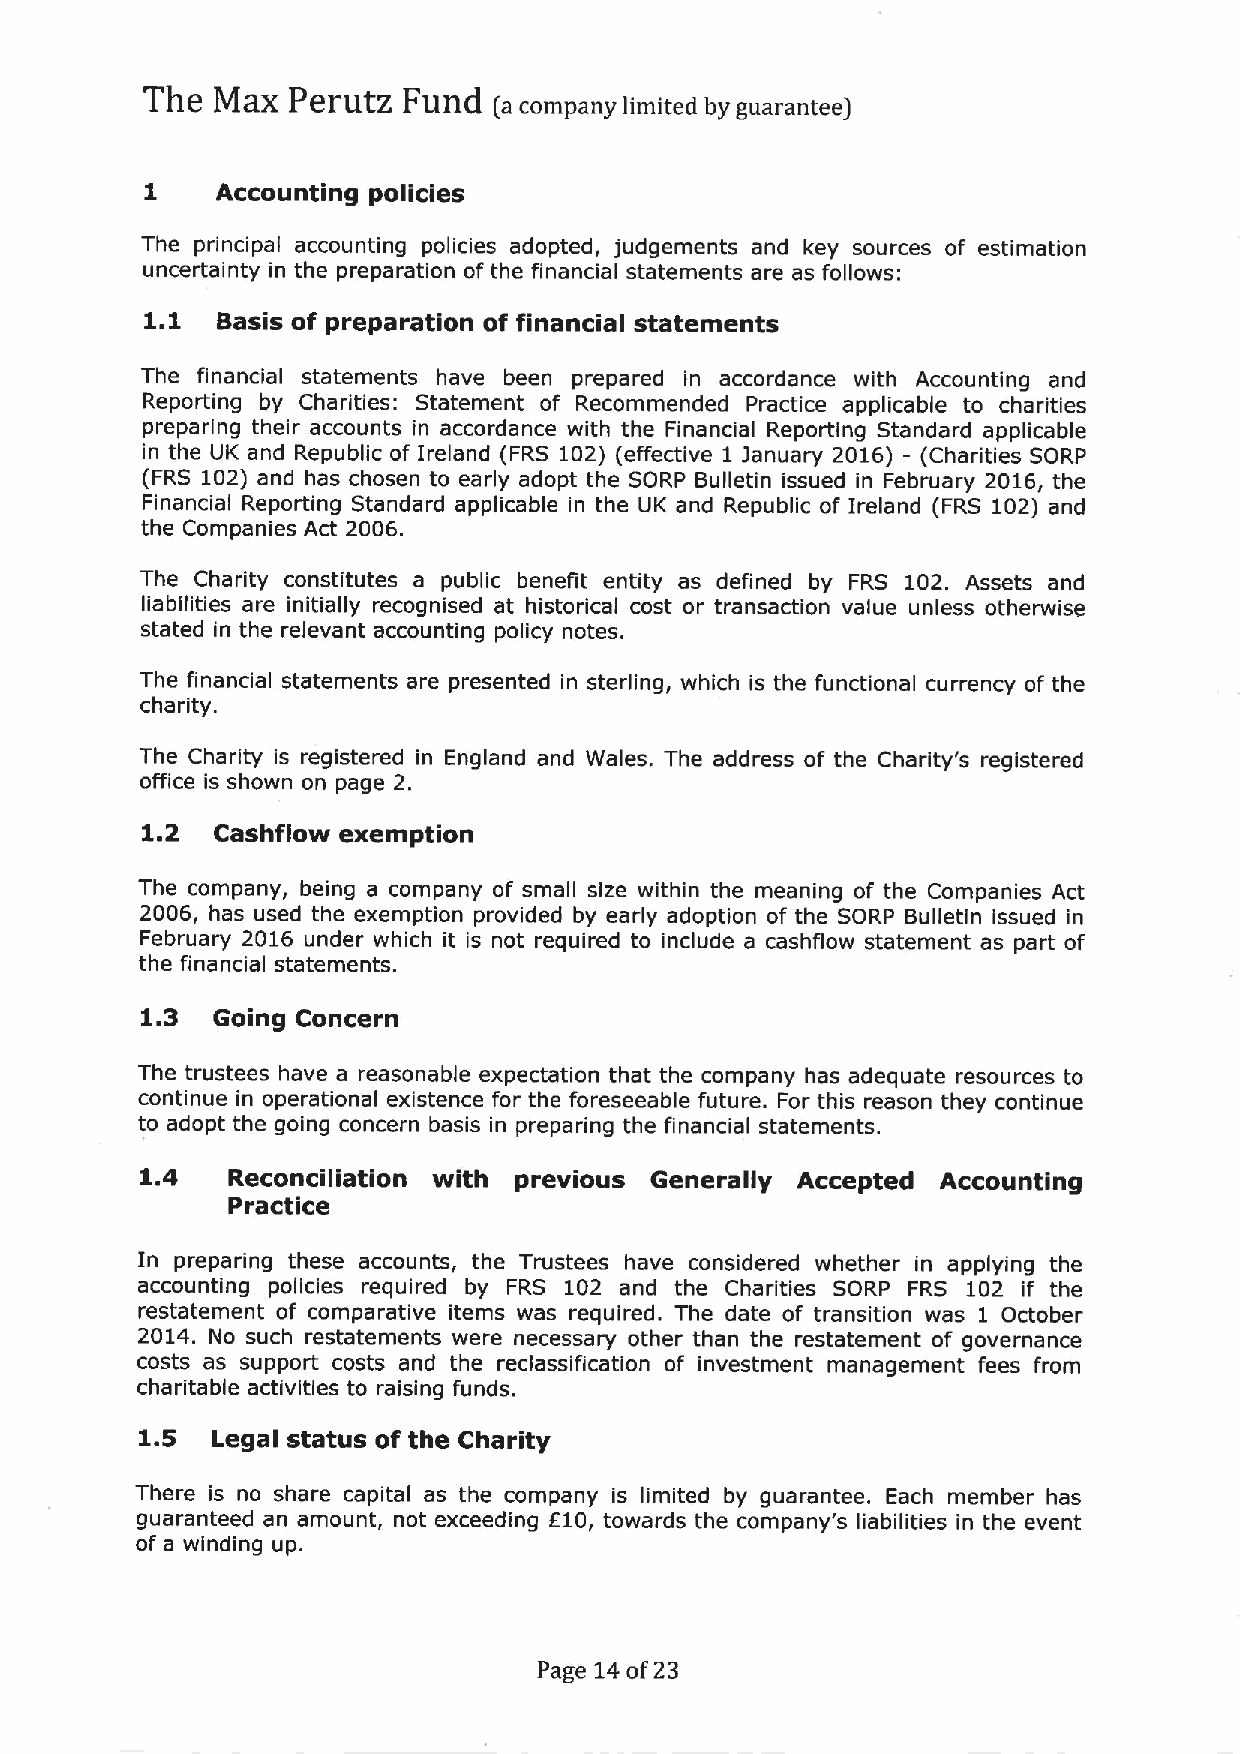
The  MaX  PerutZ  Fund
 (a company limited by guarantee)
 1   Accounting policies
 The principal accounting policies adopted, judgements and key sources of estimation
 uncertainty in the preparation of the financial statements are as follows:
 1.1 Basis of preparation of financial statements
 The financial statements have been prepared in accordance with Accounting and
 Reporting by Charities: Statement of Recommended Practice applicable to charities
 preparing their accounts in accordance with the Financial Reporting Standard applicable
 in the UK and Republic of Ireland (FRS 102) (effective 1 january 2016) - (Charities SORP
 (FRS 102) and has chosen to early adopt the SORP Bulletin issued in February 2016, the
 Financial Reporting Standard applicable in the UK and Republic of Ireland (FRS 102) and
 the Companies Act 2006.
 The Charity constitutes a public benefit entity as defined by FRS 102. Assets and
 liabilities are initially recognised at historical cost or transaction value unless otherwise
 stated in the relevant accounting policy notes.
 The financial statements are presented in sterling, which is the functional currency of the
 charity.
 The Charity is registered in England and Wales. The address of the Charity's registered
 office is shown on page 2.
 1.2
 Cashf low exemption
 The company, being a company of small size within the meaning of the Companies Act
 2006, has used the exemption provided by early adoption of the SORP Bulletin issued in
 February 2016 under which it is not required to include a cashflow statement as part of
 the financial statements.
 1.3
 Going Concern
 The trustees have a reasonable expectation that the company has adequate resources to
 continue in operational existence for the foreseeable future. For this reason they continue
 to adopt the going concern basis in preparing the financial statements.
 1.4
 Reconciliation with previous Generally Accepted Accounting
 Practice
 In preparing these accounts, the Trustees have considered whether in applying the
 accounting policies required by FRS 102 and the Charities SORP FRS 102 if the
 restatement of comparative items was required. The date of transition was 1 October
 2014. No such restatements were necessary other than the restatement of governance
 costs as support costs and the reclassification of investment management fees from
 charitable activities to raising funds.
 1.
 5  Legal status of the Charity
 There is no share capital as the company is limited by guarantee. Each member has
 guaranteed an amount, not exceeding 610, towards the company's liabilities in the event
 of a winding up.
 Page 14of23